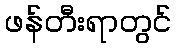
ဖန်တီးရာတွင်